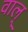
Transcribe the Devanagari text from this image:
वाल्